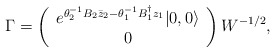
\begin{align*}\Gamma=\left(\begin{array}{c}e^{\theta_2^{-1}B_2\bar{z}_2-\theta_1^{-1}B_1^\dag z_1}|0,0\rangle\\ 0\end{array}\right)W^{-1/2},\end{align*}